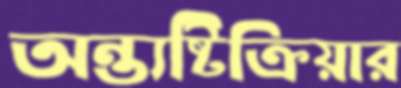
অন্ত্যষ্টিক্রিয়ার